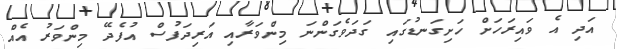
އަދި އެ ވައިރަހަށް ހަށިގަނޑުގައި ގަދަވެގަންނަ މިންވަރާއި އަރިދަފުސް އުފެދޭ މިންވަރު އެއް